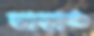
রাঢ়াঙ